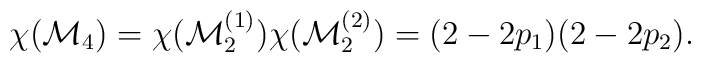
\chi ({\cal M}_{4}) = \chi ({\cal M}^{(1)}_{2})\chi ({\cal M}^{(2)}_{2})=(2 - 2 p_{1})(2 - 2p_{2}).